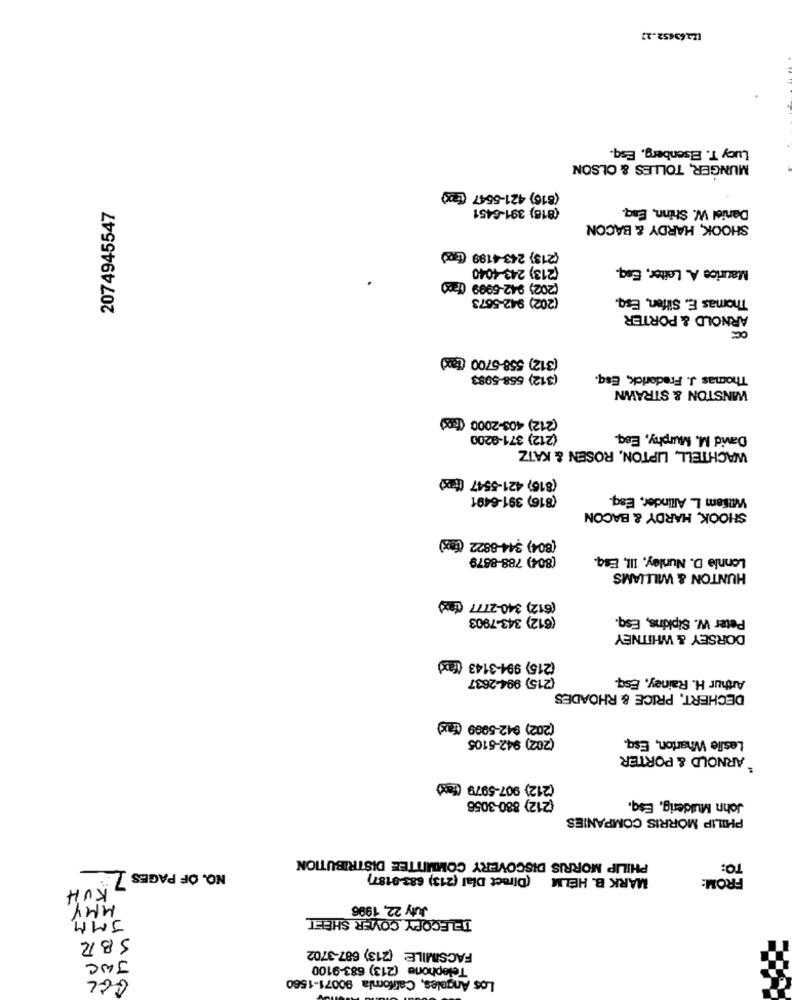
[Z163652.27
Lucy T. EIsenberg, Esq.
MUNGER, TOLLES & OLSON
(816) 421-5547 (12x)
(816) 391-6451
Daniel W. Shinn, Esq.
2074945547
SHOOK, HARDY & BACON
(213) 243-4199 (pd
(213) 243-4040
Maurice A. Leiter, Esq.
(202) 942-5999 (200
(202) 942-5673
Thomas E. Silfen, Esq.
ARNOLD & PORTER
(312) 558-5700 (tax)
(312) 558-5083
Thomas J. Frederick, Esq.
WINSTON & STRAWN
(212) 403-2000 (Ix)
(212) 371-9200
David M. Murphy, Esq.
WACHTELL, LIPTON, ROSEN & KATZ
(816) 421-5547 (xxx)
(816) 391-6491
William L. Allinder, Esq-
SHOOK, HARDY & BACON
(804) $44-8822 (tax)
(804) 788-8879
Lonnie D. Nunley, III, Esq.
HUNTON & WILLIAMS
(612) 340-2777 (fax)
(612) 343-7903
Peter W. Sipkins, Esq.
DORSEY & WHITNEY
(215) 994-3143 (fax)
(215) 994-2637
Arthur H. Rainey, Esq-
DECHERT, PRICE & RHOADES
(202) 942-5999 (fax)
(202) 942-5105
Leslie Wharton, Esq.
`ARNOLD & PORTER
(212) 907-5979 (fax)
(212) 880-3056
John Mulderig, Esq.
PHILIP MORRIS COMPANIES
PHILIP MORRIS DISCOVERY COMMITTEE DISTRIBUTION
TO:
NO. OF PAGES 7
MARK B. HELM (Direct Dial (213) 683-9187)
FROM:
KUH
MMY
July 22, 1996
JMM.
TELECOPY COVER SHEET
SBR
FACSIMILE (213) 687-3702
JWC
Telephone (213) 683-9100
GEL
Los Angeles, Califomia 90071-1560